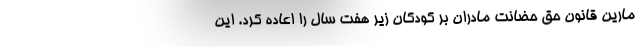
مارین قانون حق حضانت مادران بر کودکان زیر هفت سال را اعاده کرد. این